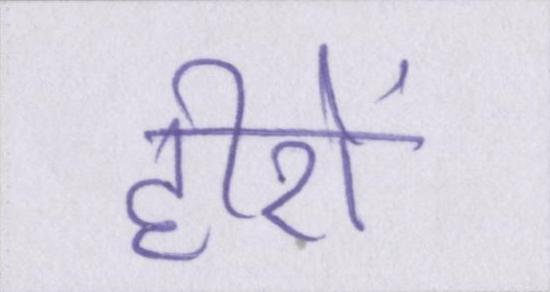
हीरों